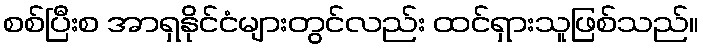
စစ်ပြီးစ အာရှနိုင်ငံများတွင်လည်း ထင်ရှားသူဖြစ်သည်။